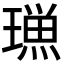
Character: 𭹿